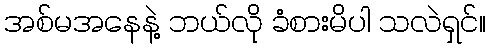
အစ်မအနေနဲ့ ဘယ်လို ခံစားမိပါ သလဲရှင်။